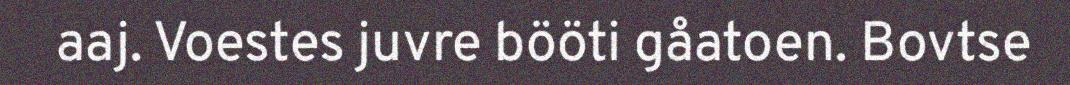
aaj. Voestes juvre bööti gåatoen. Bovtse